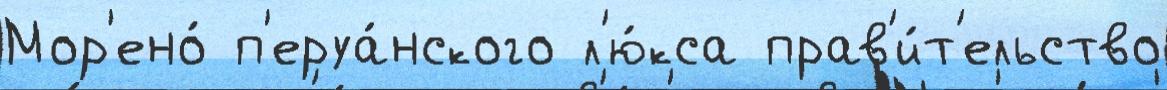
Мор'ено́ п'еруа́нского л'ю́кса прав'и́т'ельство